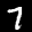
Label: 7